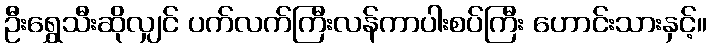
ဦးရွှေသီးဆိုလျှင် ပက်လက်ကြီးလန်ကာပါးစပ်ကြီး ဟောင်းသားနှင့်။